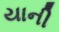
યાની